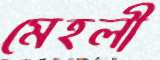
মেহলী